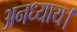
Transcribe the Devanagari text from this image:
अनध्याय।